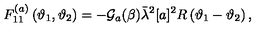
F _ { 1 1 } ^ { ( a ) } \left( \vartheta _ { 1 } , \vartheta _ { 2 } \right) = - \mathcal { G } _ { a } ( \beta ) \bar { \lambda } ^ { 2 } [ a ] ^ { 2 } R \left( \vartheta _ { 1 } - \vartheta _ { 2 } \right) ,